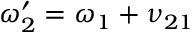
\omega _ { 2 } ^ { \prime } = \omega _ { 1 } + \nu _ { 2 1 }